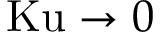
\mathrm { K u } \to 0